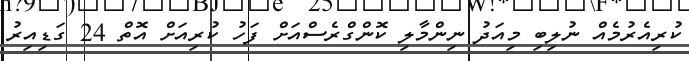
ކުރިއެރުމެއް ނުލިބި މިއަދު ނިންމާލި ކޮންގްރެސްއަށް ފަހު ކުރިއަށް އޮތް 24 ގަޑިއިރު